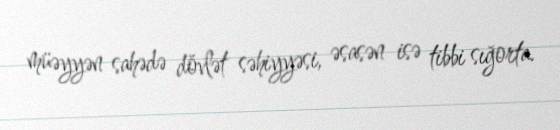
müəyyən sahədə dövlət səhiyyəsi, əsasən isə tibbi sığorta.